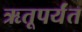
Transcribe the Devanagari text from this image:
ऋतूपर्यंत